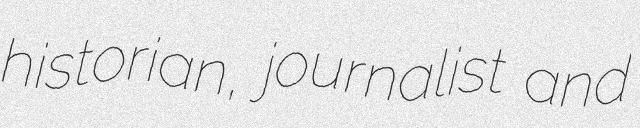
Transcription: historian, journalist and